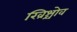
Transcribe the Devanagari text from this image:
ख्रिश्चोव